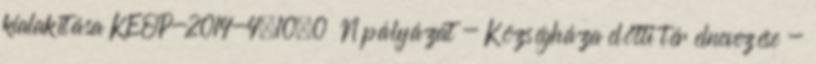
kialakítása KEOP-2014-4.10.0 N pályázat - Községháza előtti tér elnevezése -